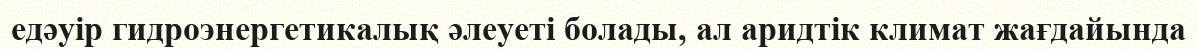
едәуір гидроэнергетикалық әлеуеті болады, ал аридтік климат жағдайында